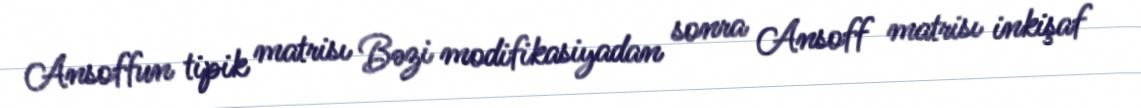
Ansoffun tipik matrisı Bəzi modifikasiyadan sonra Ansoff matrisı inkişaf